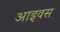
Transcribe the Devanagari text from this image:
आइवस